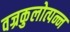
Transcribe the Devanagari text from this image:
वज्रकुलोत्पन्न